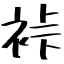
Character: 裃